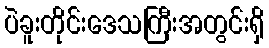
ပဲခူးတိုင်းဒေသကြီးအတွင်းရှိ